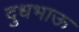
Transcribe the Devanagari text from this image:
दुधभाऊ